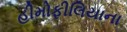
હીમોફીલિયાના